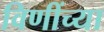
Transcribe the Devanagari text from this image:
विणींच्या